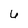
Character: 6